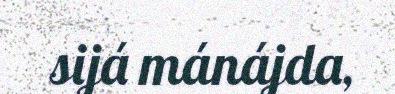
sijá mánájda,